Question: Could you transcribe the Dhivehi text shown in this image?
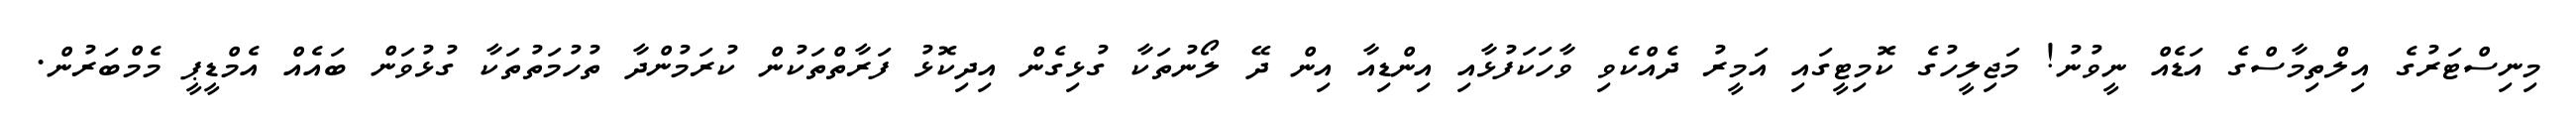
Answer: މިނިސްޓަރުގެ އިލްތިމާސްގެ އަޑެއް ނީވުނު! މަޖިލީހުގެ ކޮމިޓީގައި އަމީރު ދެއްކެވި ވާހަކަފުޅާއި އިންޑިއާ އިން ދޭ ލޯނުތަކާ ގުޅިގެން އިދިކޮޅު ފަރާތްތަކުން ކުރަމުންދާ ތުހުމަތުތަކާ ގުޅުވަން ބައެއް އެމްޑީޕީ މެމްބަރުން.